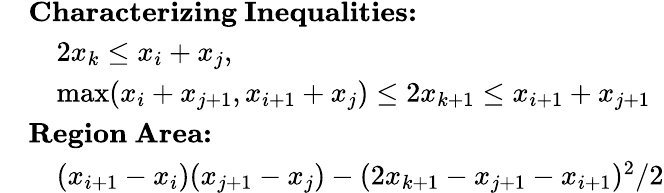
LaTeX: \begin{array}{rl}&{\mathrm{\textbf{Characterizing~Inequalities:}}}\\ &{\quad 2x_{k}\leq x_{i}+x_{j},}\\ &{\quad\operatorname*{max}(x_{i}+x_{j+1},x_{i+1}+x_{j})\leq 2x_{k+1}\leq x_{i+1}+x_{j+1}}\\ &{\mathrm{\textbf{Region~Area:}}}\\ &{\quad(x_{i+1}-x_{i})(x_{j+1}-x_{j})-(2x_{k+1}-x_{j+1}-x_{i+1})^{2}/2}\end{array}